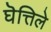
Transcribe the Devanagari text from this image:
घॆत्तिले